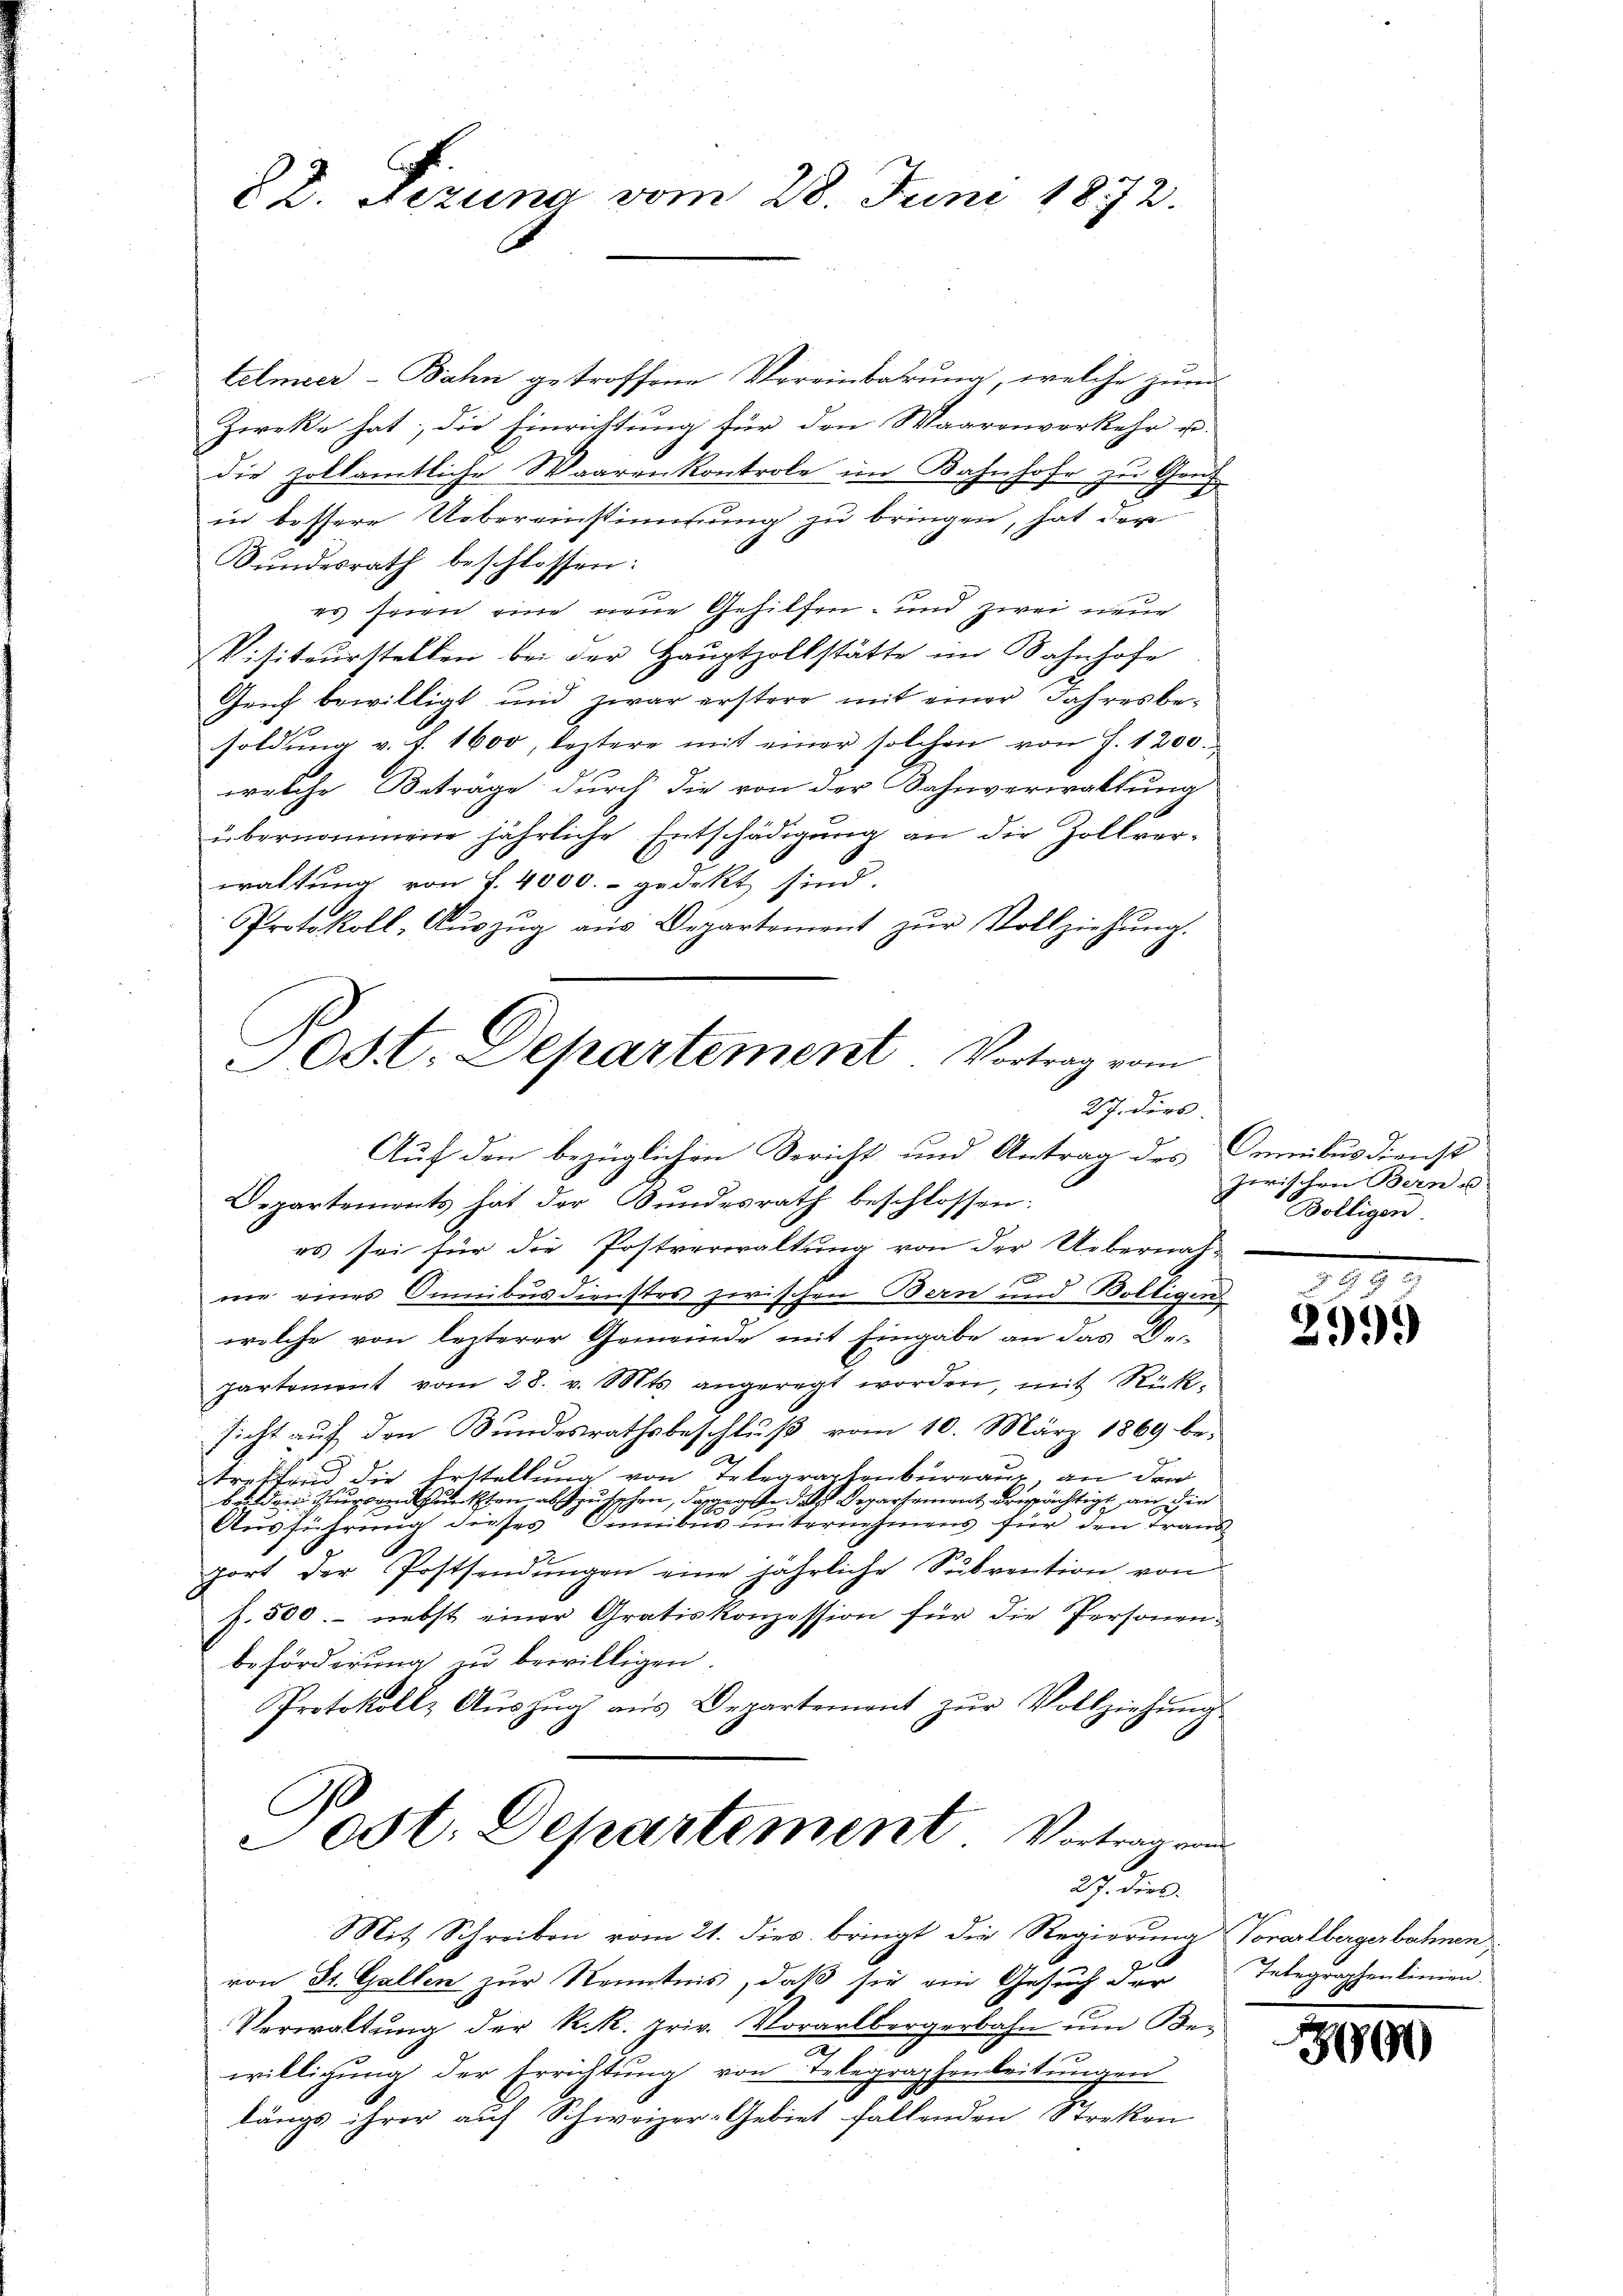
22. Fizung vom 28. Juni 1872.

telmeer-Bahn getroffene Vereinbahrung, welche zŭm
Zieke hat, die Einrichtung für den Waarenverkehr u.
die zolkamtliche Waaren kontrole im Bahnhofe zu Gru
in bessere Uebereinstimmung zu bringen, hat der
Bundesrath beschlossen:
es seien eine neue Gehilfen- und zwei neue
Visiteurstellen bei der Hauptzollstätte im Bahnhofe
Genf bewilligt und zwar erstere mit einer Jahresbe-
soldŭng v. J. 1600, leztere mit einer solchen von J. 1200.
welche Beträge durch die von der Bahnverwaltung
übernommene jährliche Entschädigŭng an die Zollver-
waltung von S. 4000.- gedekt sind.
Protokoll, Aŭszŭg aŭs Departement zŭr Vollziehŭng.
Odt. Departement Vortrag vom

27. dies
Auf den bezüglichen Bericht und Antrag des Kemnibusdienst
Departements hat der Bundesrath beschlossen:

27. dies.
Mit Schreiben vom 21. dies bringt die Regierung Vorarlbergerbahnen

es sei für die Postverwaltung von der Uebernahx
nie eines Omnibus dienstes zwischen Bern und Wölligens
welche von lezterer Gemeinde mit Eingabe an das 20.
partement vom 28. v. Mts. angeregt worden, mit Rück-
sicht auch den Bundesrathsbeschluß vom 10. März 1869 be-
treffend die Erstellung von Telegraphenburgau an den
beiden Zugandpunkten abstrischen, dagegend als Departement ermächtigt an die
Ausführung dieses Sinibus unternehmens für den Frand
port der Postsendungen eine jährliche Subvention von
f. 500. - nebst einer Gratiskonzession für die Personen-
beförderung zu bewilligen.
Protokoll- Aŭszŭg aŭs Departement zŭr Vollziehŭng
.
Jost: Dehartement Vortrag von

von St. Gallen zur Kenntnis, daß sie ein Gesuch der
Verwaltŭng der k.k. priv. Vorarlbergerbahn ŭm Be-
n
willigung der Errichtung von Telegraphenleitungen
längs ihrer auf Schweizer-Gebiet fallenden Strekon

zerischen Bern u
Bolligen.

299.

Integraphenlinien.

390